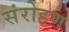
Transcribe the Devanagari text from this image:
संरोहण